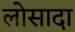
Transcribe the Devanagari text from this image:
लोसादा